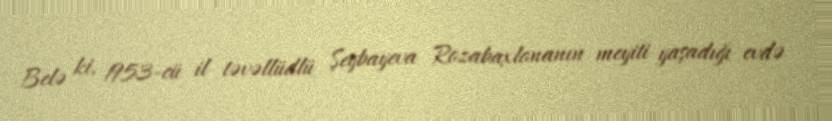
Belə ki, 1953-cü il təvəllüdlü Şeybayeva Rozabaxlonanın meyiti yaşadığı evdə